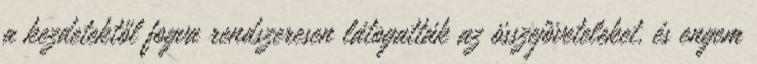
a kezdetektől fogva rendszeresen látogatták az összejöveteleket, és engem